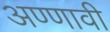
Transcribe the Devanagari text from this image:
अण्णावी